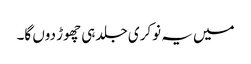
میں یہ نوکری جلد ہی چھوڑ دوں گا۔